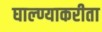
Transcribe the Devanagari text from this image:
घाल्ण्याकरीता